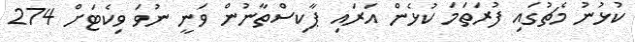
ކުޅުނު މެޗުގައި ފުރަތަމަ ކުޅެން އަރައި ޕާކިސްތާނުން ވަނީ ނުވަ ވިކެޓަށް 274